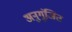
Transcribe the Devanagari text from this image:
अनुगूंजित